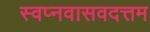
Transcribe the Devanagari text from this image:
स्वप्नवासवदत्तम